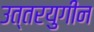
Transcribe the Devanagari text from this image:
उत्तरयुगीन